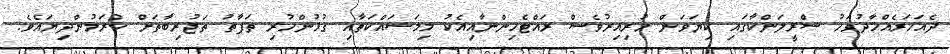
ދެއަހަރެއްހާދުވަހު ސްރީލަންކާގައި ކިޔަވަން ހުރިއިރުވެސް ރައްޓެހިންނާއިއެކު މިމަސައްކަތާއި ގުޅުންހުރި ތަފާތު ތަޖުރިބާތަށް ކުރަމުންދިޔައެވެ.